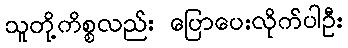
သူတို့ကိစ္စလည်း ပြောပေးလိုက်ပါဦး